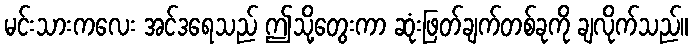
မင်းသားကလေး အင်ဒရေသည် ဤသို့တွေးကာ ဆုံးဖြတ်ချက်တစ်ခုကို ချလိုက်သည်။